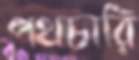
পথচারি